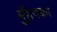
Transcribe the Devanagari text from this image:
मुँहपका